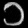
Digit: ၁